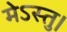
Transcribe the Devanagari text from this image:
मेऽस्तु।